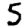
Digit: 5